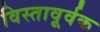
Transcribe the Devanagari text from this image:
विस्तावूर्वक